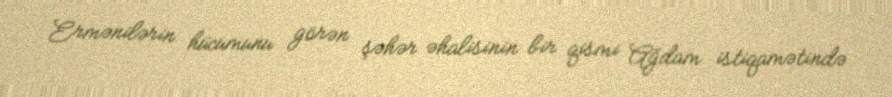
Ermənilərin hücumunu görən şəhər əhalisinin bir qismi Ağdam istiqamətində